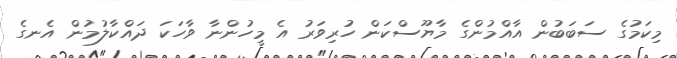
މިކަމުގެ ސަބަބުން އާއްމުންގެ މާޔޫސްކަން ހުރިވަރު އެ މީހުންނާ ވާހަކަ ދައްކާލުމުން އެނގެ